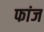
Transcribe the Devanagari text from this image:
फांज